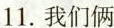
11.我们俩